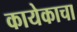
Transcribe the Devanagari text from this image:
कायेकाचा